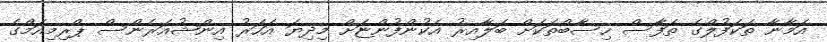
އަމާނާ ތަކަފުލްގެ ތަފާސް ހިސާބްތަކަށް ބަލާއިރު އެކުންފުންޏަށް މިދިޔަ އަހަރު އިންޝުއަރެންސް ޕްރިމިއަމްގެ